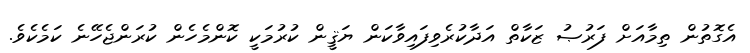
އެގޮތުން ތިމާއަށް ފަރުޞު ޒަކާތް އަދާކުރެވިފައިވާކަން ޔަޤީން ކުރުމަކީ ކޮންމެހެން ކުރަންޖެހޭނެ ކަމެކެވެ.